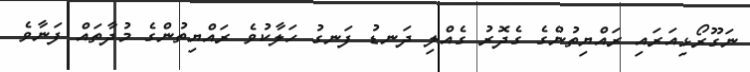
ނަގޫރޯޅިއަރައި ރައްޔިތުންގެ ގެދޮރު ގެއްލި ދަނޑު ފަނގު ހަލާކުވެ ރައްޔިތުންގެ މުދާތައް ފަނާވެ